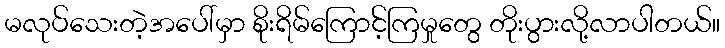
မလုပ်သေးတဲ့အပေါ်မှာ စိုးရိမ်ကြောင့်ကြမှုတွေ တိုးပွားလို့လာပါတယ်။